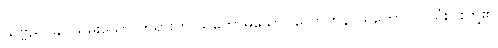
သဗ္ဗညူ၊ ခပ်သိမ်းသော တရားကို သိတော်မူသော။ လောကနာယကော၊ လူသုံးပါးတို့၏